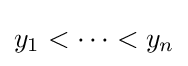
y_{1}<\cdots <y_{n}